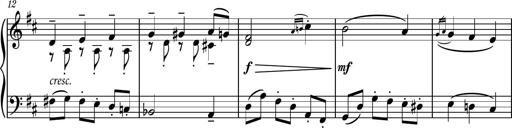
Title: Piano Sonatina No.4
Composer: Dimitri Sykias
Key: D major